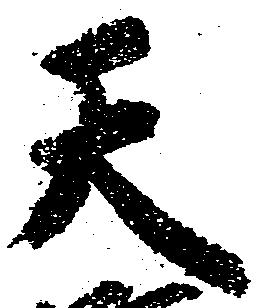
天